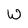
Character: W